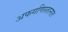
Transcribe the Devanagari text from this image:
अफगणिस्तानात